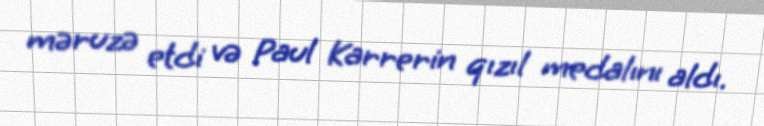
məruzə etdi və Paul Karrerin qızıl medalını aldı.